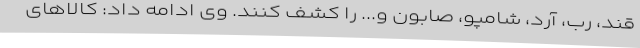
قند، رب، آرد، شامپو، صابون و... را کشف کنند. وی ادامه داد: کالاهای